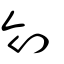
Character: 刢